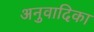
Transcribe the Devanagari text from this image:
अनुवादिका